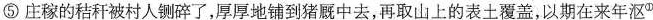
⑤庄稼的秸秆被村人铡碎了，厚厚地铺到猪厩中去，再取山上的表土覆盖，以期在来年沤^{①}